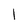
Character: I